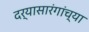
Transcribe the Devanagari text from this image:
दर्यासारंगांच्या